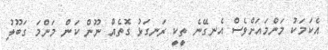
އެކަމަކު މަންމައަށްވެސް އެނގޭނެ ތީކީ ރަނގަޅު ގޮތެއް ނޫން ކަން މަންމަ ގަބޫލު